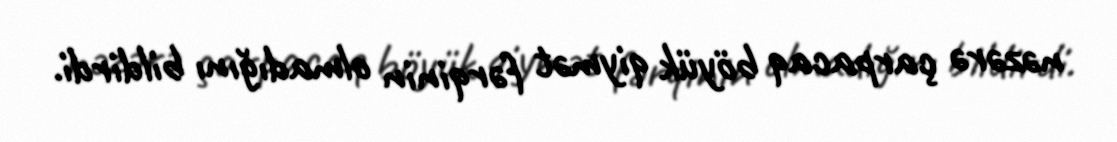
nəzərə çarpacaq böyük qiymət fərqinin olmadığını bildirdi.